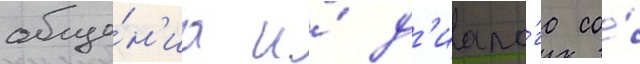
обще́н'иа и́ д'иало́га со́